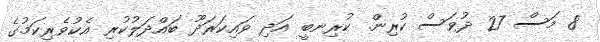
8 މަސް 27 ދުވަސް ކުރިން. ކުރިނބީ އަދި ވައިކަރަދޫ ބައްދަލުކުރި އެކުވެރިކަމުގެ